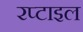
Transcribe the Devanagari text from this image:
रप्टाइल